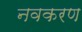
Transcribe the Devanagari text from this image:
नवकरण